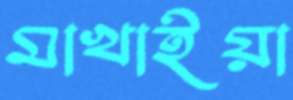
মাখাইয়া